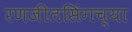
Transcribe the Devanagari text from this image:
रणजीतसिंगच्या